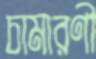
চামারণী